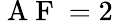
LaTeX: \mathrm{~A~F~}=2